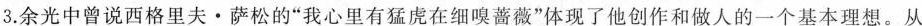
3.余光中曾说西格里夫·萨松的”我心里有猛虎在细嗅蔷薇”体现了他创作和做人的一个基本理想。从